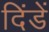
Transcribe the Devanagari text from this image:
दिंडें